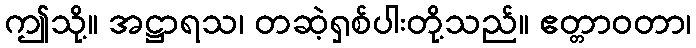
ဤသို့။ အဋ္ဌာရသ၊ တဆဲ့ရှစ်ပါးတို့သည်။ ဧတ္တာဝတာ၊